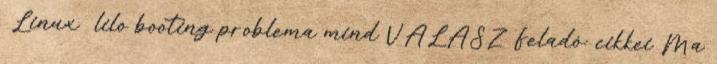
Linux lilo booting problema mind VÁLASZ Feladó: cikkei Ma